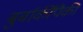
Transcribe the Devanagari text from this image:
बुर्बाकींपैकी